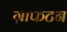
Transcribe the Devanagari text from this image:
ग्राफटन